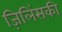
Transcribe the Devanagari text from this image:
ज़िलिंसकी